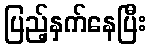
ပြည့်နှက်နေပြီး